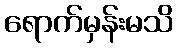
ရောက်မှန်းမသိ